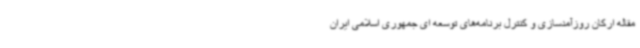
مقاله ارکان روزآمدسازی و کنترل برنامه‌های توسعه ای جمهوری اسلامی ایران